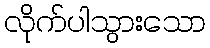
လိုက်ပါသွားသော